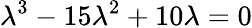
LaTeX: \lambda^{3}-15\lambda^{2}+10\lambda=0